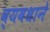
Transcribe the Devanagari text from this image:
व्यवधाने